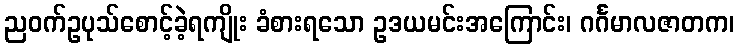
ညဝက်ဥပုသ်စောင့်ခဲ့ရကျိုး ခံစားရသော ဥဒယမင်းအကြောင်း၊ ဂင်္ဂမာလဇာတက၊